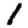
Digit: 1